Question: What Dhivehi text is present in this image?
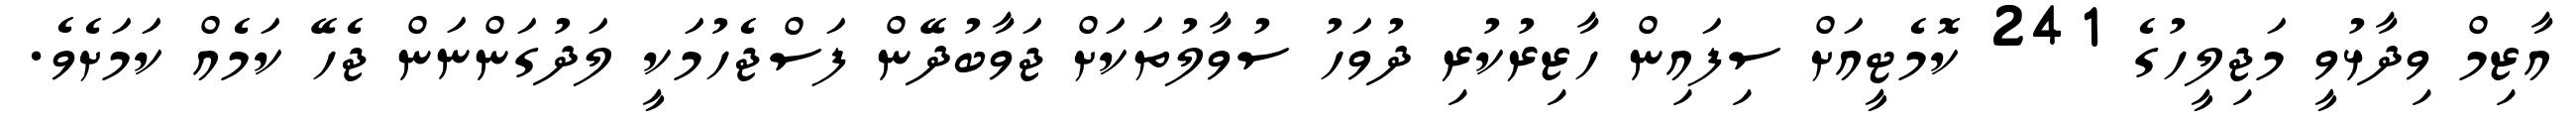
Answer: އާޒިމް ވިދާޅުވީ މަޖިލީހުގެ 241 ކޮމެޓީއަށް ސިފައިން ހާޒިރުކުރި ދުވަހު ސުވާލުތަކަށް ޖަވާބުދޭން ފަސްޖެހުމަކީ ލަދުގަންނަން ޖެހޭ ކަމެއް ކަމަށެވެ.